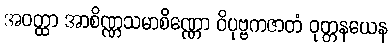
အဝတ္ထာ အာစိဏ္ဏသမာစိဏ္ဏော ဝိပုဗ္ဗကဇာတံ ဝုတ္တနယေန